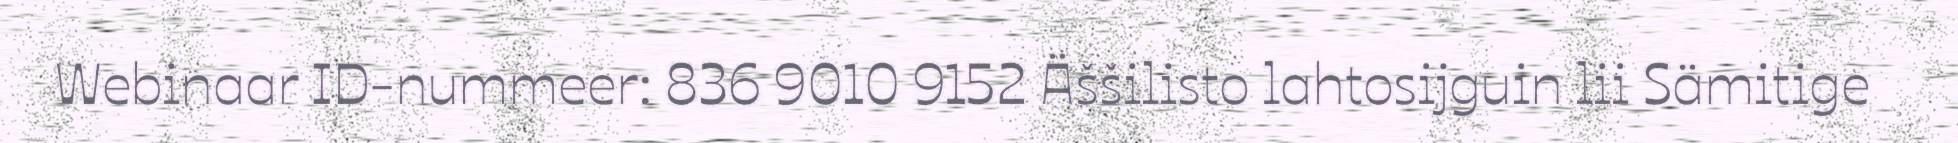
Webinaar ID-nummeer: 836 9010 9152 Äššilisto lahtosijguin lii Sämitige